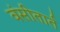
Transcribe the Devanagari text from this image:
वंसीतार्त